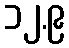
၁၂.၉